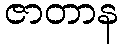
ဇာတာန